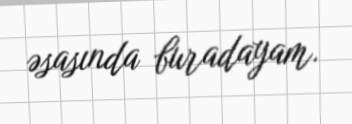
əsasında buradayam.